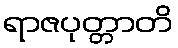
ရာဇပုတ္တာတိ